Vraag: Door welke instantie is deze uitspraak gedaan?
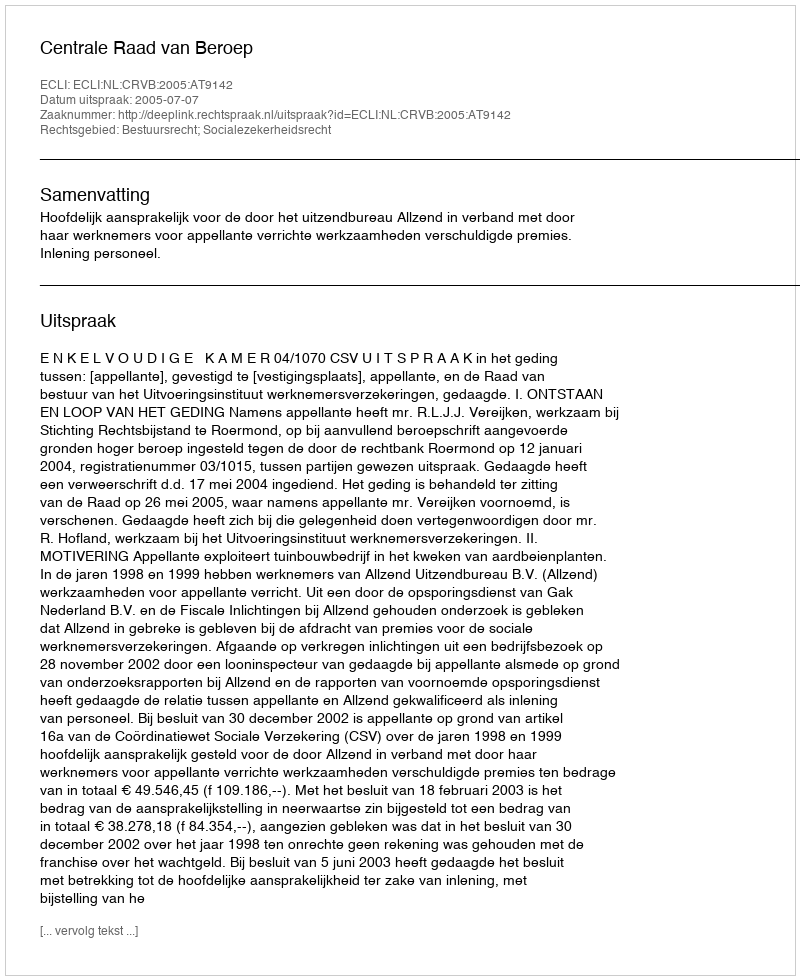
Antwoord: Centrale Raad van Beroep